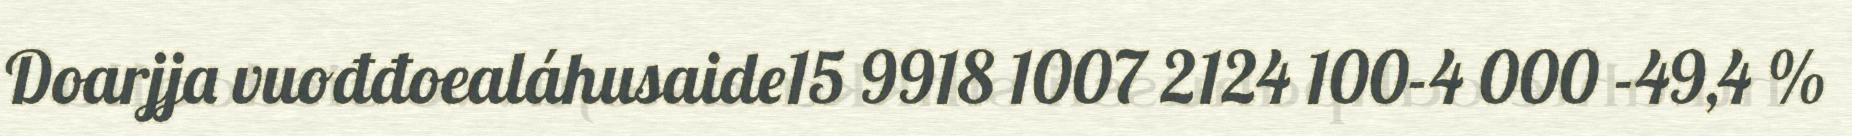
Doarjja vuođđoealáhusaide15 9918 1007 2124 100-4 000 -49,4 %